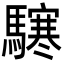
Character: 𩦊